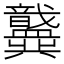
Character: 𫤶